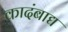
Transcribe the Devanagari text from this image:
कादंबाद्य